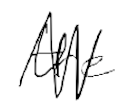
Text: the
Cross-out: zig-zag
Writing tool: digital_black